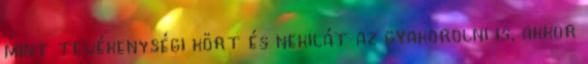
mint tevékenységi kört és nekilát az gyakorolni is, akkor